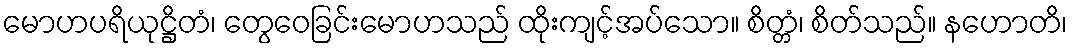
မောဟပရိယုဋ္ဌိတံ၊ တွေဝေခြင်းမောဟသည် ထိုးကျင့်အပ်သော။ စိတ္တံ၊ စိတ်သည်။ နဟောတိ၊